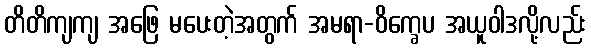
တိတိကျကျ အဖြေ မပေးတဲ့အတွက် အမရာ-ဝိက္ခေပ အယူဝါဒလို့လည်း